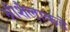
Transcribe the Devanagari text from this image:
श्रीशैलाकडे